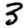
Digit: 3